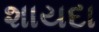
શાયદા